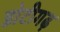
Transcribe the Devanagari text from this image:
डोटीगढ़